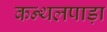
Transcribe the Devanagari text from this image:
कन्थलपाड़ा